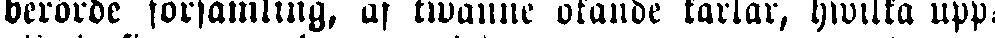
berörde församling, af twänne okände karlar, hwilka upp-